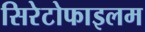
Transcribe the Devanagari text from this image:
सिरेटोफाइलम